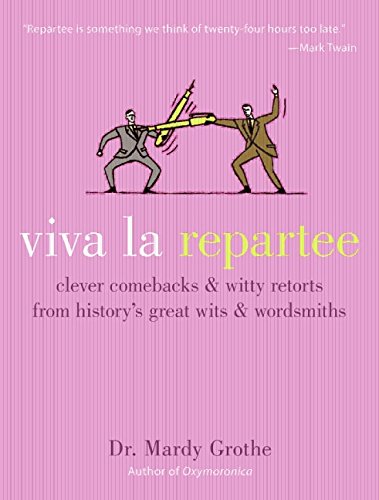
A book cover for Viva la Repartee: Clever Comebacks and Witty Retorts from History's Great Wits and Wordsmiths; Mardy Grothe; Reference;